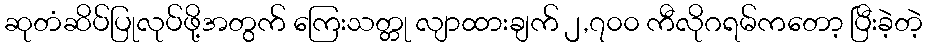
ဆုတံဆိပ်ပြုလုပ်ဖို့အတွက် ကြေးသတ္တု လျာထားချက် ၂,၇၀၀ ကီလိုဂရမ်ကတော့ ပြီးခဲ့တဲ့